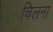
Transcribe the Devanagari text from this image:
चिलना